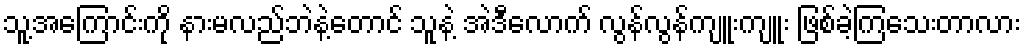
သူ့အကြောင်းကို နားမလည်ဘဲနဲ့တောင် သူနဲ့ အဲဒီလောက် လွန်လွန်ကျူးကျူး ဖြစ်ခဲ့ကြသေးတာလား